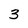
Character: 3